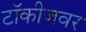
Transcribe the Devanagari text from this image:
टॉकीजवर